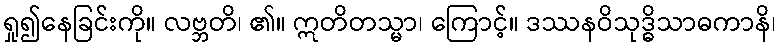
ရှု၍နေခြင်းကို။ လဗ္ဘတိ၊ ၏။ ဣတိတသ္မာ၊ ကြောင့်။ ဒဿနဝိသုဒ္ဓိသာဓကာနိ၊